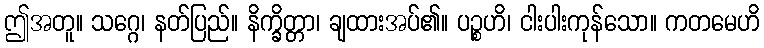
ဤအတူ။ သဂ္ဂေ၊ နတ်ပြည်။ နိက္ခိတ္တာ၊ ချထားအပ်၏။ ပဉ္စဟိ၊ ငါးပါးကုန်သော။ ကတမေဟိ